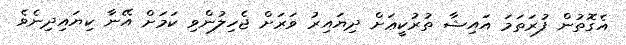
އެގޮތުން ފުރަތަމަ އައިޝާ ތުރުކީޢަށް ދިޔައިރު ވަރަށް ޖެހިލުންވި ކަމަށް އޭނާ ކިޔައިދިނެވެ